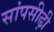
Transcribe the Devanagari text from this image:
सांपसीढ़ी